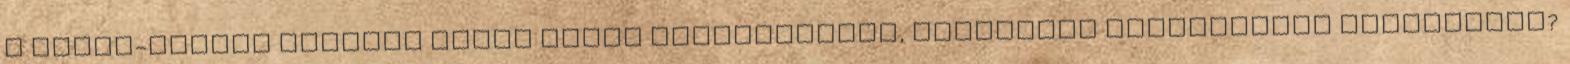
a Balti-tenger partján fekvő német kikötővárost, Rostockot személyesen felkeresni?